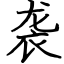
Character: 袭